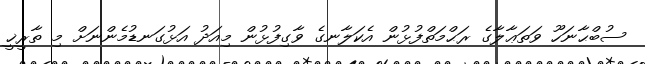
ސުބްޙާނަހޫ ވަތަޢާލާގެ ރަޙްމަތްފުޅުން އެކަލާނގެ ވާގިފުޅުން މިއަދު އަޅުގަނޑުމެންނަށް މި ތާރީޚީ